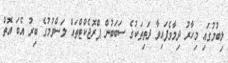
ލިބުމުގައި މިހާރު ދިމާވެފައިވާ ދަތިތަކުގެ ސަބަބުން ޕްރޮޖެކްޓްތައް ލަސްވުމުގެ ބިރު އެބަ އޮތް